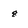
Character: 8